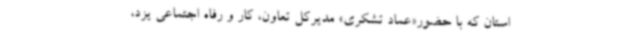
استان که با حضور«عماد تشکری» مدیرکل تعاون، کار و رفاه اجتماعی یزد،